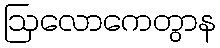
ဩလောကေတွာန